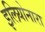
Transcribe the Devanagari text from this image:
इलियोनारा